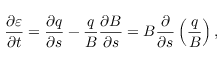
\frac { \partial \varepsilon } { \partial t } = \frac { \partial q } { \partial s } - \frac { q } { B } \frac { \partial B } { \partial s } = B \frac { \partial } { \partial s } \left( \frac { q } { B } \right) ,